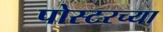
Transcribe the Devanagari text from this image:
पोस्टरच्या